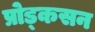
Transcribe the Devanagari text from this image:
प्रोड्कसन